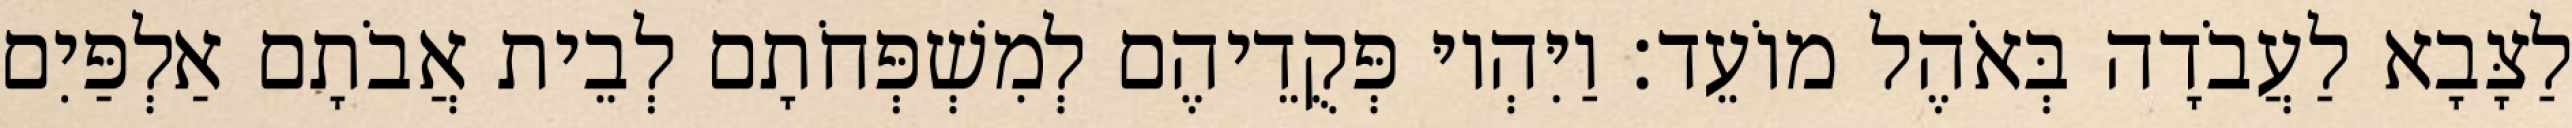
לַצָּבָא לַעֲבֹדָה בְּאֹהֶל מוֹעֵד׃ וַיִּהְיוּ פְּקֻדֵיהֶם לְמִשְׁפְּחֹתָם לְבֵית אֲבֹתָם אַלְפַּיִם